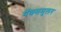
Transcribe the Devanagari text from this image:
मॅक्समुलर